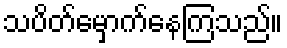
သပိတ်မှောက်နေကြသည်။